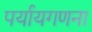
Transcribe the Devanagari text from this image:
पर्यायगणना